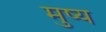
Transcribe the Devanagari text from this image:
मुष्य